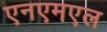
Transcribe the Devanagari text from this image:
एनएमएल